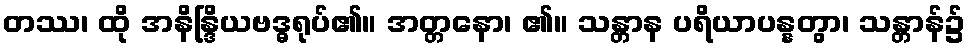
တဿ၊ ထို အနိန္ဒြိယဗဒ္ဓရုပ်၏။ အတ္တနော၊ ၏။ သန္တာန ပရိယာပန္နတွာ၊ သန္တာန်၌